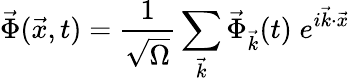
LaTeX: \vec{\Phi}(\vec{x},t)=\frac{1}{\sqrt{\Omega}}\sum_{\vec{k}}\vec{\Phi}_{\vec{k}}(t)\; e^{i\vec{k}\cdot\vec{x}}